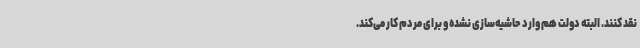
نقد کنند. البته دولت هم وارد حاشیه‌سازی نشده و برای مردم کار می‌کند.